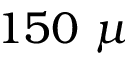
1 5 0 ~ \mu